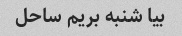
بیا شنبه بریم ساحل